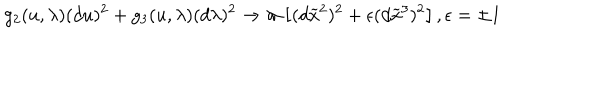
g _ { 2 } ( u , \lambda ) ( d u ) ^ { 2 } + g _ { 3 } ( u , \lambda ) ( d \lambda ) ^ { 2 } \rightarrow \varpi \left[ ( d \widetilde { x } ^ { 2 } ) ^ { 2 } + \epsilon ( d \widetilde { x } ^ { 3 } ) ^ { 2 } \right] , \epsilon = \pm 1